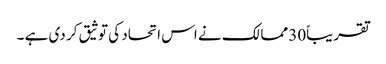
تقریباً30 ممالک نے اس اتحاد کی توثیق کر دی ہے ۔